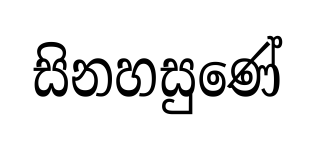
සිනහසුණේ